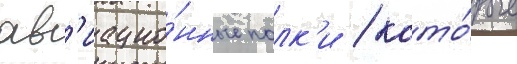
ав'иацио́нные полк'и / кото́рые